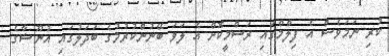
ކުރި ނަމަވެސް އެ ފިލްމްގައި ރަސްމީކޮށް އެ ލަވަ ބޭނުންކުރުމުގެ ބަދަލުގައި އުނޫޝާގެ